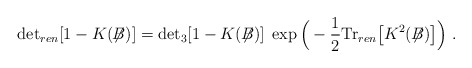
\begin{align*}\mbox{det}_{ren}[1-K(\not{\!\!B})] = \mbox{det}_3[1-K(\not{\!\!B})] \;\exp\Big(-\frac{1}{2} \mbox{Tr}_{ren}\big[K^2(\not{\!\!B})\big] \Big) \; .\end{align*}